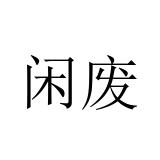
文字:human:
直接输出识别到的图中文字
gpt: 闲废